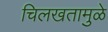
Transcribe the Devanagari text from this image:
चिलखतामुळे